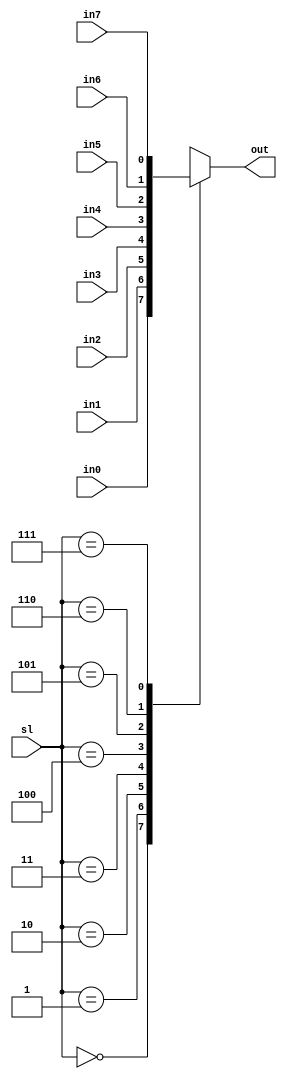
//--------------------------------------------------------------------
// Name: Omkar Girish Kamath
// Description: A 8 input to 1 output multiplexer with 3 bit select  
//              lines.
//--------------------------------------------------------------------

module mux_8to1 (
                 sl,
                 out,
                 in0,
                 in1,
                 in2,
                 in3,
                 in4,
                 in5,
                 in6,
                 in7
                 );
   
   //--------------------------------------------------------------------
   // Inputs
   //--------------------------------------------------------------------
   input wire [2:0] sl;
   input wire       in0;
   input wire       in1;
   input wire       in2;
   input wire       in3;
   input wire       in4;
   input wire       in5;
   input wire       in6;
   input wire       in7;
   
   //--------------------------------------------------------------------
   // Outputs
   //--------------------------------------------------------------------
   output reg       out;
   
   always @(*)
     begin
        case (sl)
          'd0:
            begin
               out <= in0;
            end
          
          'd1:
            begin
               out <= in1;
            end

          'd2:
            begin
               out <= in2;
            end
          
          'd3:
            begin
               out <= in3;
            end

          'd4:
            begin
               out <= in4;
            end
          
          'd5:
            begin
               out <= in5;
            end

          'd6:
            begin
               out <= in6;
            end
          
          'd7:
            begin
               out <= in7;
            end
          
          default:
            begin
               out <= in0;
            end
        endcase  
     end // always @ (*)

endmodule